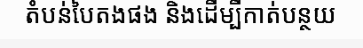
តំបន់បៃតងផង និងដើម្បីកាត់បន្ថយ